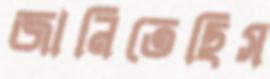
জানিতেছিস